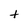
Character: t